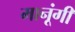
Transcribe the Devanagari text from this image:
मानूंगी